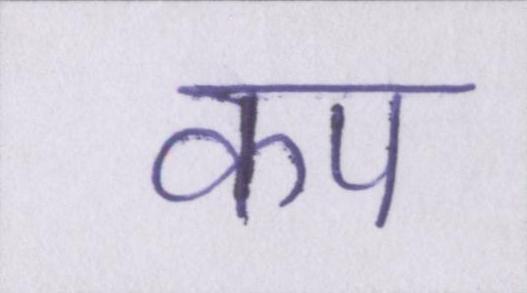
कप